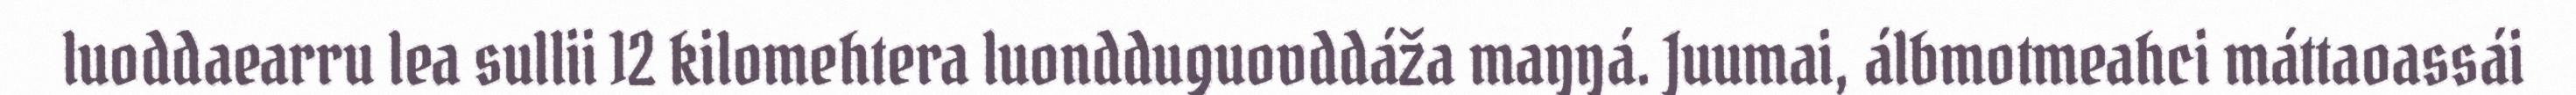
luoddaearru lea sullii 12 kilomehtera luondduguovddáža maŋŋá. Juumai, álbmotmeahci máttaoassái